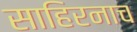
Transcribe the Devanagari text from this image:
साहिरनाच